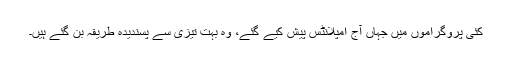
کئی پروگراموں میں جہاں آج امپلانٹس پیش کیے گئے، وہ بہت تیزی سے پسندیدہ طریقہ بن گئے ہیں۔